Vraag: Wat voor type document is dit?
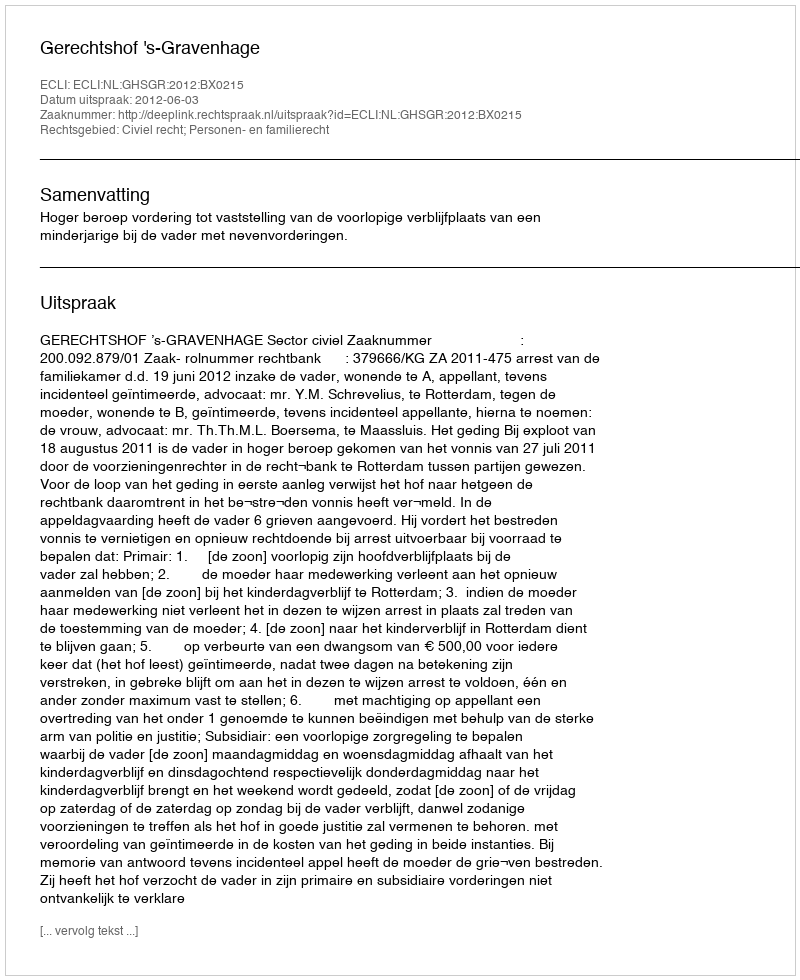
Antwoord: Uitspraak